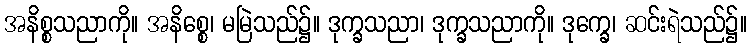
အနိစ္စသညာကို။ အနိစ္စေ၊ မမြဲသည်၌။ ဒုက္ခသညာ၊ ဒုက္ခသညာကို။ ဒုက္ခေ၊ ဆင်းရဲသည်၌။